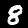
Digit: 8